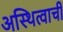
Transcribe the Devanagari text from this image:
अस्थित्वाची